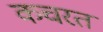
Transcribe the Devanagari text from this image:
कचरत